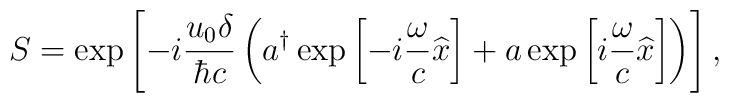
S = \exp \left[ -i\frac{u_{0} \delta}{\hbar c}         \left( a^\dagger \exp \left[ -i \frac{\omega}{c} \widehat{x} \right]         + a \exp \left[ i \frac{\omega}{c} \widehat{x} \right]                       \right) \right],